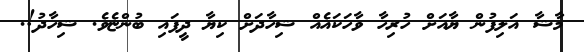
މާޝާ އަލިފުން ޔާއަށް ހުރިހާ ވާހަކައެއް ޝިހާދަށް ކިޔާ ދީފައި ބުންޏެވެ. ޝިހާދު!.